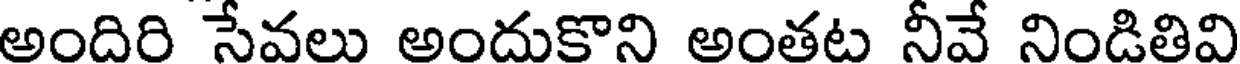
అందిరి సేవలు అందుకొని అంతట నీవే నిండితివి